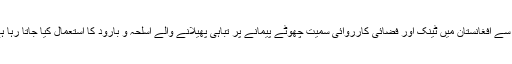
امریکی فوج کی جانب سے گزشتہ 16 سال سے افغانستان میں ٹینک اور فضائی کارروائی سمیت چھوٹے پیمانے پر تباہی پھیلانے والے اسلحہ و بارود کا استعمال کیا جاتا رہا ہے، جن میں لاکھوں افراد ہلاک ہوچکے ہیں۔